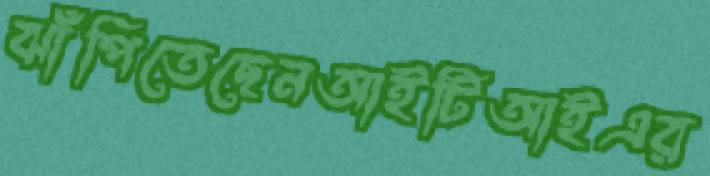
ঝাঁপিতেছেনআইটিআইএর